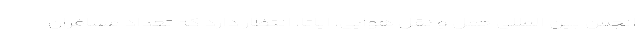
انجمن بین المللی حمل و نقل هوایی، ایاتا، انتظار دارد که تعداد مسافران